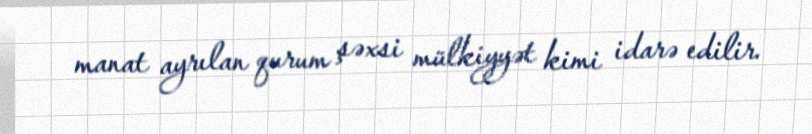
manat ayrılan qurum şəxsi mülkiyyət kimi idarə edilir.